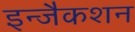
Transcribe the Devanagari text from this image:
इन्जैकशन